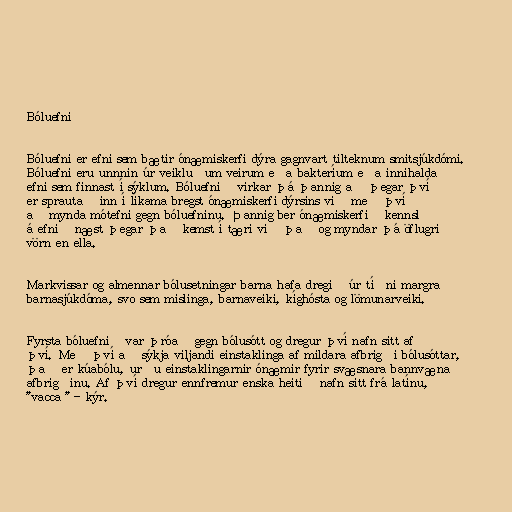
Bóluefni

Bóluefni er efni sem bætir ónæmiskerfi dýra gagnvart tilteknum smitsjúkdómi.
Bóluefni eru unnnin úr veikluðum veirum eða bakteríum eða innihalda
efni sem finnast í sýklum. Bóluefnið virkar þá þannig að þegar því
er sprautað inn í líkama bregst ónæmiskerfi dýrsins við með því
að mynda mótefni gegn bóluefninu. Þannig ber ónæmiskerfið kennsl
á efnið næst þegar það kemst í tæri við það og myndar þá öflugri
vörn en ella.

Markvissar og almennar bólusetningar barna hafa dregið úr tíðni margra
barnasjúkdóma, svo sem mislinga, barnaveiki, kíghósta og lömunarveiki.

Fyrsta bóluefnið var þróað gegn bólusótt og dregur því nafn sitt af
því. Með því að sýkja viljandi einstaklinga af mildara afbrigði bólusóttar,
það er kúabólu, urðu einstaklingarnir ónæmir fyrir svæsnara bannvæna
afbrigðinu. Af því dregur ennfremur enska heitið nafn sitt frá latínu,
"vacca " - kýr.